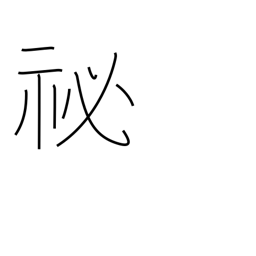
Meaning: abstruse